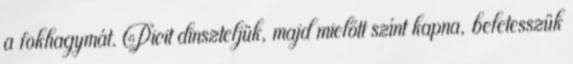
a fokhagymát. Picit dinszteljük, majd mielőtt színt kapna, beletesszük